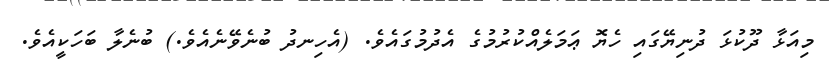
މިއަޅާ ދޫކުޅަ ދުނިޔޭގައި ހެޔޮ ޢަމަލެއްކުރުމުގެ އެދުމުގައެވެ. (އެހިނދު ބުނެވޭނެއެވެ.) ބުނެލާ ބަހަކީއެވެ.